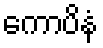
ကောပိနံ